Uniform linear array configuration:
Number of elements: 64
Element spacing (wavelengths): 1
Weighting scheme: kaiser
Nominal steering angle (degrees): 60
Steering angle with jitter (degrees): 59.632
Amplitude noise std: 0.05
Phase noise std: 0.05

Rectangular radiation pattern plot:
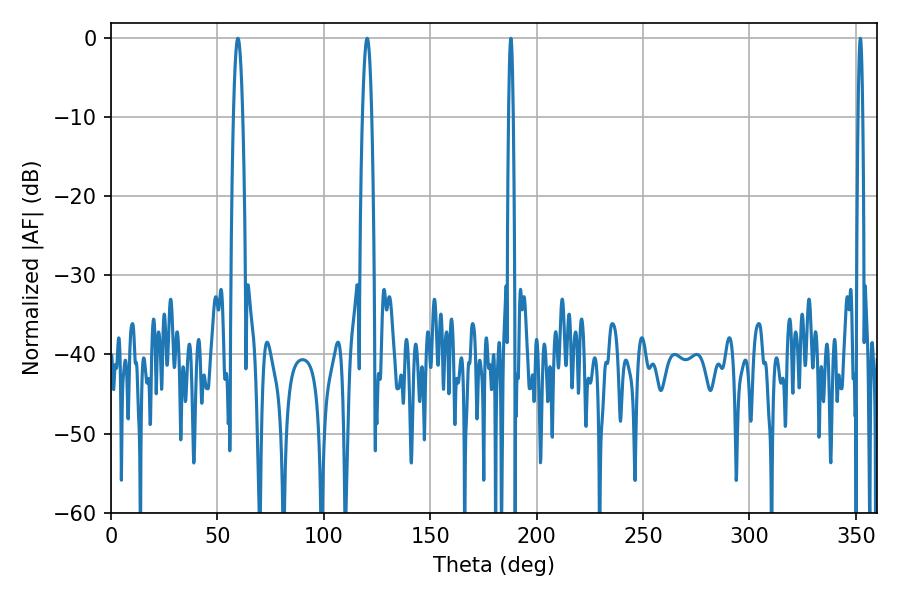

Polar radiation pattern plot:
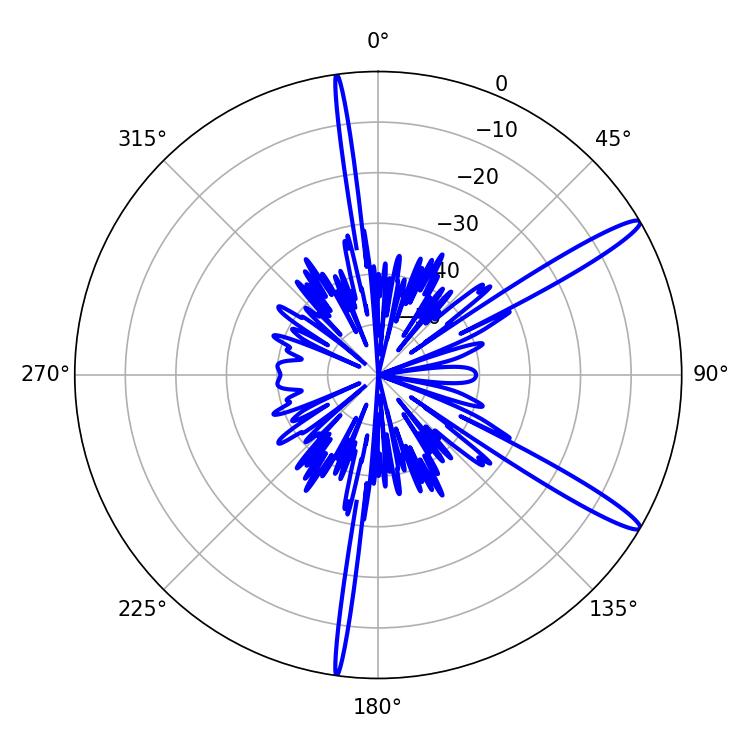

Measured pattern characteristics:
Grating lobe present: TRUE
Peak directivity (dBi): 14.384
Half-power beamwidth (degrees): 2.34
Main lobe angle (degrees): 59.58